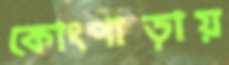
কোংপাড়ায়